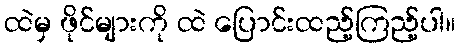
ထဲမှ ဖိုင်များကို ထဲ ပြောင်းထည့်ကြည့်ပါ။